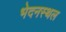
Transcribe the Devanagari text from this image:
भेदनस्थल